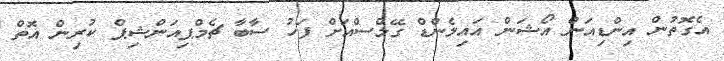
އެގޮތުން އިންޑިއަން އޯޝަން އައިލެންޑް ގޭމްސްއަށް ފަހު ސާބާ ޗެމްޕިއަންޝިޕް ކުރިން އޮތް